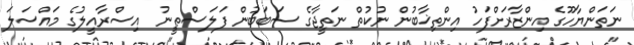
ނަތަންޔާހޫގެ އިންޒާރަށްފަހު އިންތިޚާބުން ނުކުތް ނަތީޖާގެ ސަބަބުން ފަލަސްޠީނު  އިސްރާއީލުގެ މައްސަލަ